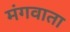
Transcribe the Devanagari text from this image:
मंगवाता